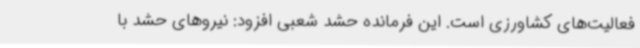
فعالیت‌های کشاورزی است. این فرمانده حشد شعبی افزود: نیروهای حشد با